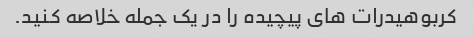
کربوهیدرات های پیچیده را در یک جمله خلاصه کنید.